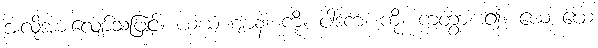
အလိုအားလျော်သဖြင့်။ ယံယံ ဈာနံ၊ ကို။ ပါဒကံ၊ ကို။ ကတွာ၊ ၍။ ယေ ယေ